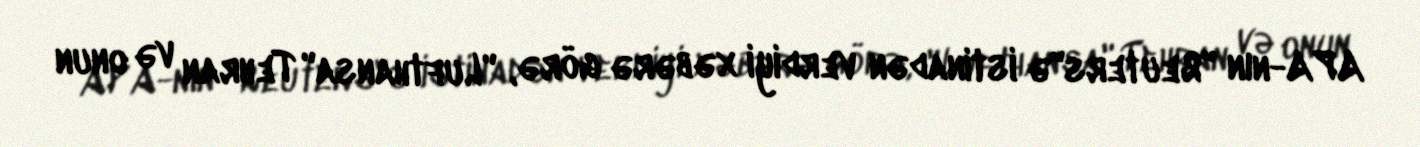
APA-nın "Reuters"ə istinadən verdiyi xəbərə görə, "Lufthansa" Tehran və onun